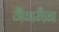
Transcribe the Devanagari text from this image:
गैंगमैन